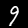
Digit: 9